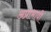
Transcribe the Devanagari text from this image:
अप्राभावी